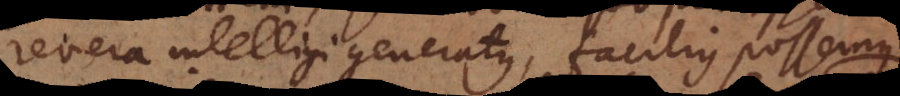
revera intelligi generatus, facilius possemus